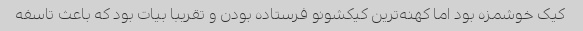
کیک خوشمزه بود اما کهنه‌ترین کیکشونو فرستاده بودن و تقریبا بیات بود که باعث تاسفه